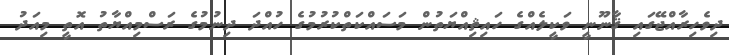
ދިވެހިރާއްޖޭގައި ޤާނޫނީ ވަކީލެއްގެ ހައިޘިއްޔަތުން މަސައްކަތްކުރުމުގެ ހުއްދަ ދިނުމުގެ ރަސްމިއްޔާތު އޮތީ މިއަދު